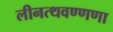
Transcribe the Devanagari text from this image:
लीनत्थवण्णणा